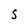
Character: S